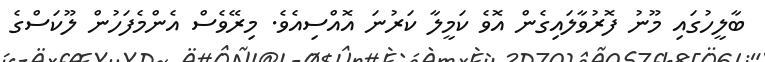
ބާލީހުގައި މޫނު ފޮރުވާލައިގެން އޮވެ ކަމީލާ ކަރުނަ އޮއްސިއެވެ. މިރޭވެސް އެންމެފަހުން ލޫކަސްގެ